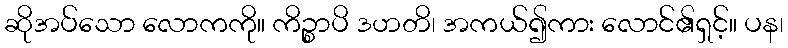
ဆိုအပ်သော လောကကို။ ကိဉ္စာပိ ဒဟတိ၊ အကယ်၍ကား လောင်၏ရှင့်။ ပန၊